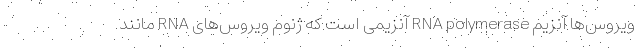
ویروس‌ها آنزیم RNA polymerase آنزیمی است که ژنوم ویروس‌های RNA مانند